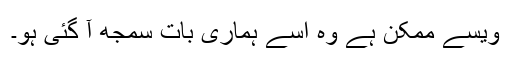
ویسے ممکن ہے وہ اُسے ہماری بات سمجھ آ گئی ہو۔